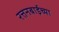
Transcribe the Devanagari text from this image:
रत्तनबाईच्या